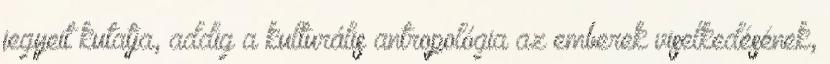
jegyeit kutatja, addig a kulturális antropológia az emberek viselkedésének,